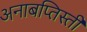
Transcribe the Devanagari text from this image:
अनाबप्तिस्ती